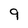
Character: 9